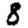
Digit: 8